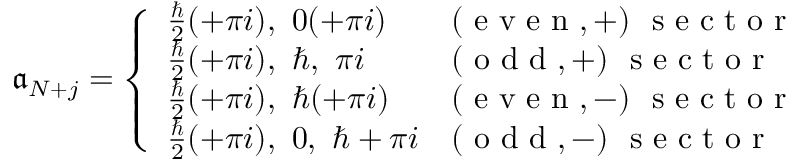
\mathfrak { a } _ { N + j } = \left\{ \begin{array} { l l } { \frac { \hbar } { 2 } ( + \pi i ) , \ 0 ( + \pi i ) } & { ( \textrm { e v e n } , + ) \ \textrm { s e c t o r } } \\ { \frac { \hbar } { 2 } ( + \pi i ) , \ \hbar , \ \pi i } & { ( \textrm { o d d } , + ) \ \textrm { s e c t o r } } \\ { \frac { \hbar } { 2 } ( + \pi i ) , \ \hbar ( + \pi i ) } & { ( \textrm { e v e n } , - ) \ \textrm { s e c t o r } } \\ { \frac { \hbar } { 2 } ( + \pi i ) , \ 0 , \ \hbar + \pi i } & { ( \textrm { o d d } , - ) \ \textrm { s e c t o r } } \end{array} \right.